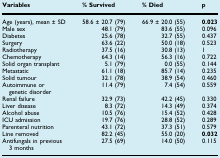
<table><thead><tr><td><b>Variables</b></td><td><b>% Survived</b></td><td><b>% Died</b></td><td><b>p</b></td></tr></thead><tbody><tr><td>Age (years), mean ± SD</td><td>58.6 ± 20.7 (79)</td><td>66.9 ± 20.0 (55)</td><td><b>0.023</b></td></tr><tr><td>Male sex</td><td>48.1 (79)</td><td>83.6 (55)</td><td>0.096</td></tr><tr><td>Diabetes</td><td>25.6 (78)</td><td>32.7 (55)</td><td>0.437</td></tr><tr><td>Surgery</td><td>63.6 (22)</td><td>50.0 (18)</td><td>0.523</td></tr><tr><td>Radiotherapy</td><td>37.5 (16)</td><td>30.8 (13)</td><td>1</td></tr><tr><td>Chemotherapy</td><td>64.3 (14)</td><td>56.3 (16)</td><td>0.722</td></tr><tr><td>Solid organ transplant</td><td>5.1 (79)</td><td>0.0 (55)</td><td>0.144</td></tr><tr><td>Metastatic</td><td>61.1 (18)</td><td>85.7 (14)</td><td>0.235</td></tr><tr><td>Solid tumour</td><td>32.1 (78)</td><td>38.9 (54)</td><td>0.460</td></tr><tr><td>Autoimmune or genetic disorder</td><td>11.4 (79)</td><td>7.4 (54)</td><td>0.559</td></tr><tr><td>Renal failure</td><td>32.9 (73)</td><td>42.2 (45)</td><td>0.330</td></tr><tr><td>Liver disease</td><td>8.3 (72)</td><td>14.3 (49)</td><td>0.374</td></tr><tr><td>Alcohol abuse</td><td>10.5 (76)</td><td>15.4 (52)</td><td>0.428</td></tr><tr><td>ICU admission</td><td>19.7 (76)</td><td>28.8 (52)</td><td>0.289</td></tr><tr><td>Parenteral nutrition</td><td>43.1 (72)</td><td>37.3 (51)</td><td>0.579</td></tr><tr><td>Line removed</td><td>82.2 (45)</td><td>55.0 (20)</td><td><b>0.032</b></td></tr><tr><td>Antifungals in previous 3 months</td><td>27.5 (69)</td><td>14.0 (50)</td><td>0.115</td></tr></tbody></table>